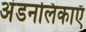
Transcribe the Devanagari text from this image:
अंडनलिकाएँ